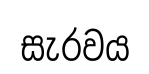
සැරවය